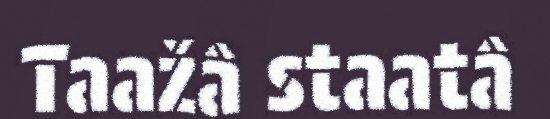
Taažâ staatâ